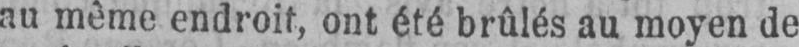
au même endroit, ont été brûlés au moyen de